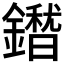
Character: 𮣕